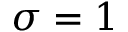
\sigma = 1